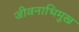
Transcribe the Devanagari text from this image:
जीवनाभिमुख